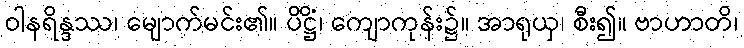
ဝါနရိန္ဒဿ၊ မျောက်မင်း၏။ ပိဋ္ဌိံ၊ ကျောကုန်း၌။ အာရုယှ၊ စီး၍။ ဗာဟာတိ၊